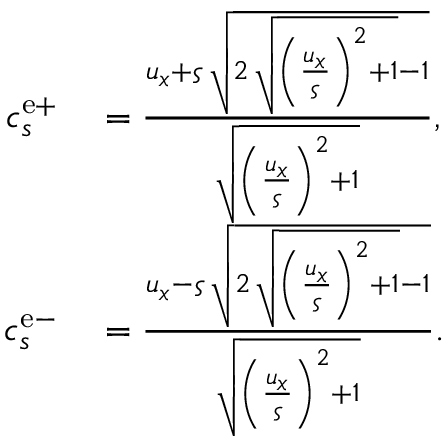
\begin{array} { r l } { c _ { s } ^ { \mathrm { e + } } } & { { } = \frac { u _ { x } + \varsigma \, \sqrt { 2 \, \sqrt { { \left( \frac { u _ { x } } { \varsigma } \right) } ^ { 2 } + 1 } - 1 } } { \sqrt { { \left( \frac { u _ { x } } { \varsigma } \right) } ^ { 2 } + 1 } } , } \\ { c _ { s } ^ { \mathrm { e - } } } & { { } = \frac { u _ { x } - \varsigma \, \sqrt { 2 \, \sqrt { { \left( \frac { u _ { x } } { \varsigma } \right) } ^ { 2 } + 1 } - 1 } } { \sqrt { { \left( \frac { u _ { x } } { \varsigma } \right) } ^ { 2 } + 1 } } . } \end{array}